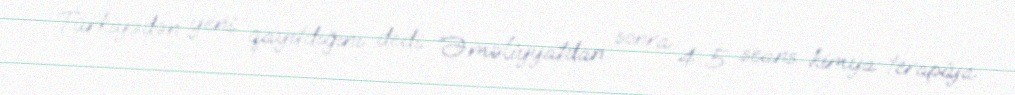
Türkiyədən yeni qayıtdığını dedi: “Əməliyyatdan sonra 4-5 seans kimya-terapiya